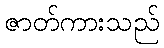
ဇာတ်ကားသည်